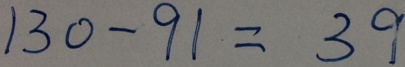
1 3 0 - 9 1 = 3 9